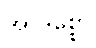
အာဒိစ္စော